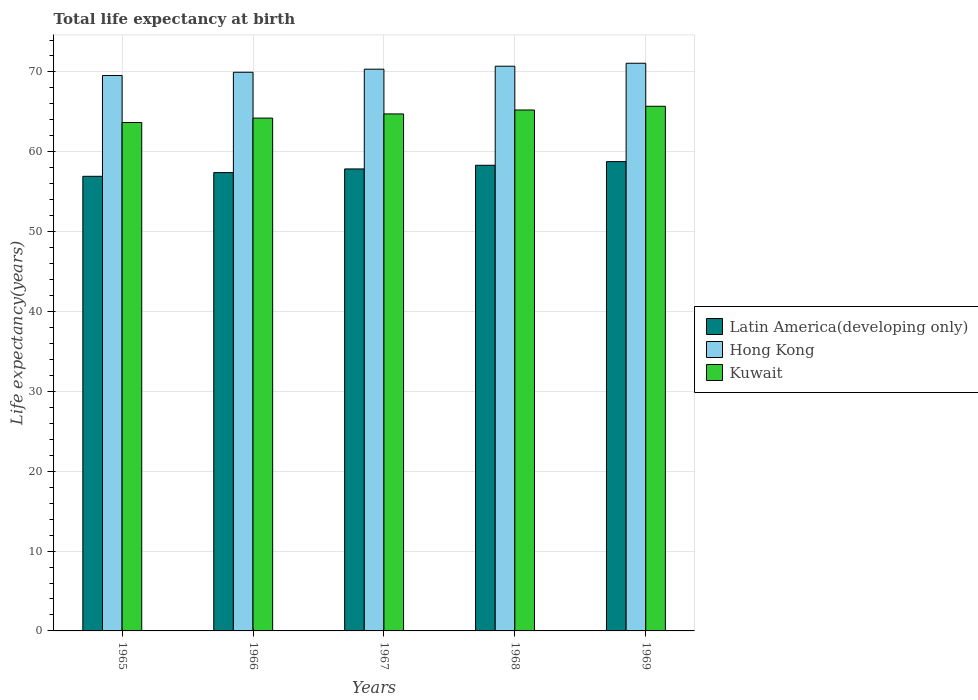
| Years | Latin America(developing only) | Hong Kong | Kuwait |
 | --- | --- | --- | --- |
 | 1965 | 56.9 | 69.6 | 63.7 |
 | 1966 | 57.4 | 70 | 64.2 |
 | 1967 | 57.9 | 70.3 | 64.7 |
 | 1968 | 58.3 | 70.7 | 65.2 |
 | 1969 | 58.8 | 71.1 | 65.7 |